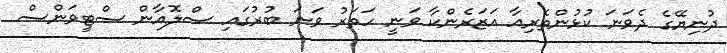
ދުނިޔޭގެ ދެވަނަ ކުޅުންތެރިއާ އަޒަރެންކާ ވަނީ ހަތަރު ވަނަ ބުރުގައި ސްލޮއާން ސްޓީވަންސް